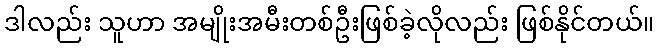
ဒါလည်း သူဟာ အမျိုးအမီးတစ်ဦးဖြစ်ခဲ့လိုလည်း ဖြစ်နိုင်တယ်။